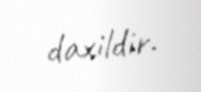
daxildir.